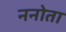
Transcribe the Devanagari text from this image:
ननोता